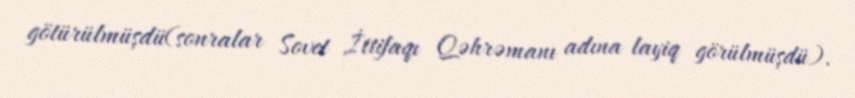
götürülmüşdü(sonralar Sovet İttifaqı Qəhrəmanı adına layiq görülmüşdü).